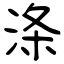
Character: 涤